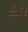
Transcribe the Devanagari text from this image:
पीले।